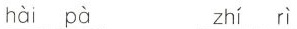
hài pà zhí r ì